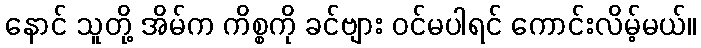
နောင် သူတို့ အိမ်က ကိစ္စကို ခင်ဗျား ဝင်မပါရင် ကောင်းလိမ့်မယ်။